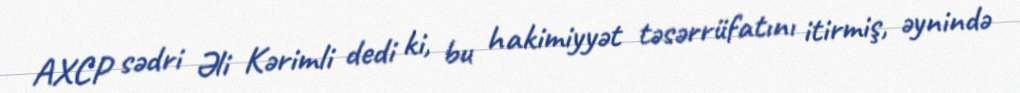
AXCP sədri Əli Kərimli dedi ki, bu hakimiyyət təsərrüfatını itirmiş, əynində